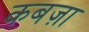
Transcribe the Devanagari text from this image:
कबज़ा